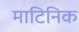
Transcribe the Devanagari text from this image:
माटिनिक